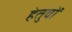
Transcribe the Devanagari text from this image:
हेतुवों